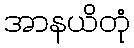
အာနယိတုံ